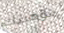
موهبتك